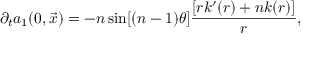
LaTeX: \partial _ { t } a _ { 1 } ( 0 , \vec { x } ) = - n \sin [ ( n - 1 ) \theta ] \frac { [ r k ^ { \prime } ( r ) + n k ( r ) ] } { r } ,